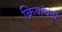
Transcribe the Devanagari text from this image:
क्रियांवनों